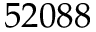
5 2 0 8 8